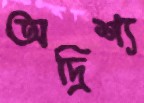
অদ্রিশ্য